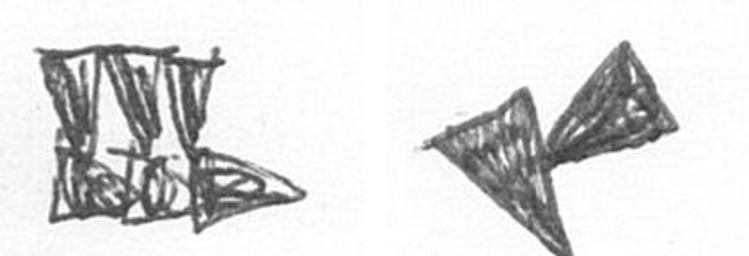
D F